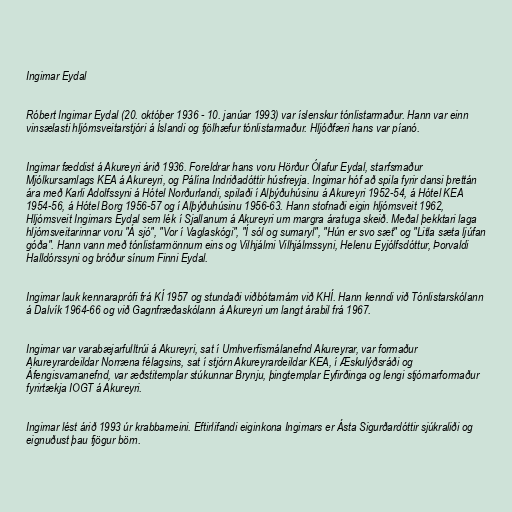
Ingimar Eydal

Róbert Ingimar Eydal (20. október 1936 - 10. janúar 1993) var íslenskur tónlistarmaður. Hann var einn
vinsælasti hljómsveitarstjóri á Íslandi og fjölhæfur tónlistarmaður. Hljóðfæri hans var píanó.

Ingimar fæddist á Akureyri árið 1936. Foreldrar hans voru Hörður Ólafur Eydal, starfsmaður
Mjólkursamlags KEA á Akureyri, og Pálína Indriðadóttir húsfreyja. Ingimar hóf að spila fyrir dansi þrettán
ára með Karli Adolfssyni á Hótel Norðurlandi, spilaði í Alþýðuhúsinu á Akureyri 1952-54, á Hótel KEA
1954-56, á Hótel Borg 1956-57 og í Alþýðuhúsinu 1956-63. Hann stofnaði eigin hljómsveit 1962,
Hljómsveit Ingimars Eydal sem lék í Sjallanum á Akureyri um margra áratuga skeið. Meðal þekktari laga
hljómsveitarinnar voru "Á sjó", "Vor í Vaglaskógi", "Í sól og sumaryl", "Hún er svo sæt" og "Litla sæta ljúfan
góða". Hann vann með tónlistarmönnum eins og Vilhjálmi Vilhjálmssyni, Helenu Eyjólfsdóttur, Þorvaldi
Halldórssyni og bróður sínum Finni Eydal.

Ingimar lauk kennaraprófi frá KÍ 1957 og stundaði viðbótarnám við KHÍ. Hann kenndi við Tónlistarskólann
á Dalvík 1964-66 og við Gagnfræðaskólann á Akureyri um langt árabil frá 1967.

Ingimar var varabæjarfulltrúi á Akureyri, sat í Umhverfismálanefnd Akureyrar, var formaður
Akureyrardeildar Norræna félagsins, sat í stjórn Akureyrardeildar KEA, í Æskulýðsráði og
Áfengisvarnanefnd, var æðstitemplar stúkunnar Brynju, þingtemplar Eyfirðinga og lengi stjórnarformaður
fyrirtækja IOGT á Akureyri.

Ingimar lést árið 1993 úr krabbameini. Eftirlifandi eiginkona Ingimars er Ásta Sigurðardóttir sjúkraliði og
eignuðust þau fjögur börn.